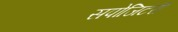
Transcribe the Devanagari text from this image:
सपोजिटरी